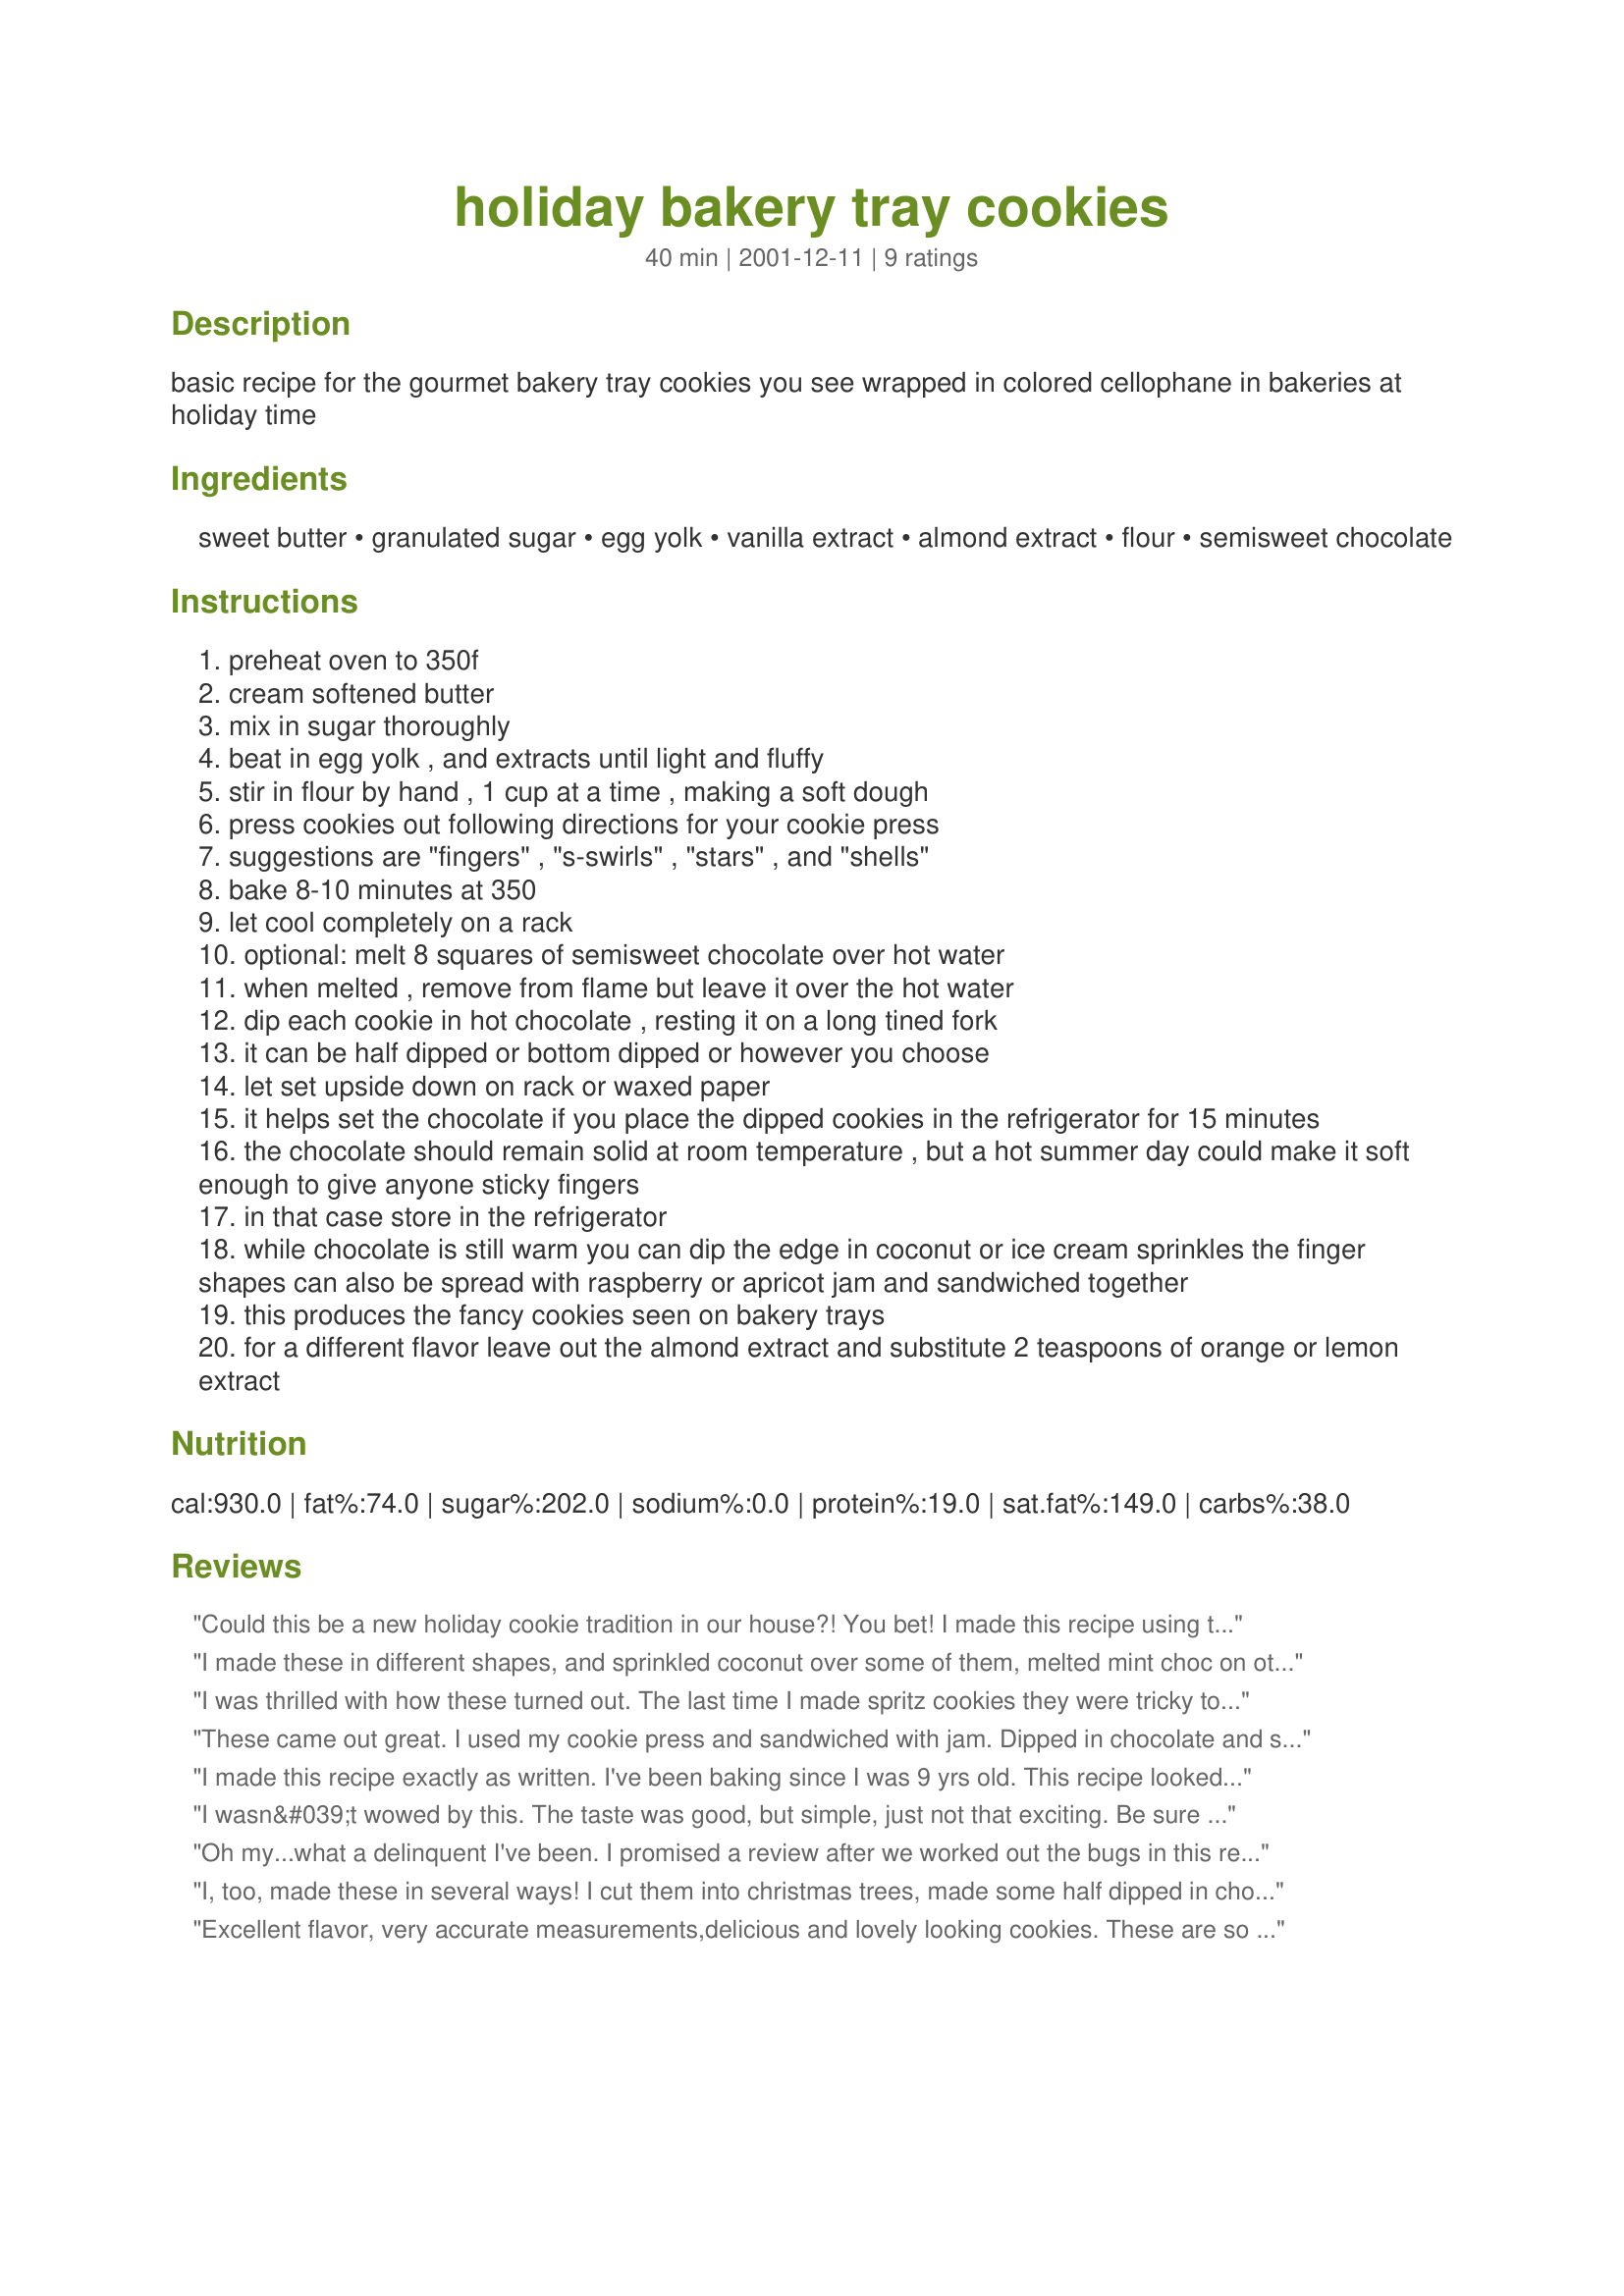
holiday bakery tray cookies
Preparation time: 40 minutes

basic recipe for the gourmet bakery tray cookies you see wrapped in colored cellophane in bakeries at holiday time

Ingredients:
sweet butter, granulated sugar, egg yolk, vanilla extract, almond extract, flour, semisweet chocolate

Steps:
preheat oven to 350f
cream softened butter
mix in sugar thoroughly
beat in egg yolk , and extracts until light and fluffy
stir in flour by hand , 1 cup at a time , making a soft dough
press cookies out following directions for your cookie press
suggestions are "fingers" , "s-swirls" , "stars" , and "shells"
bake 8-10 minutes at 350
let cool completely on a rack
optional: melt 8 squares of semisweet chocolate over hot water
when melted , remove from flame but leave it over the hot water
dip each cookie in hot chocolate , resting it on a long tined fork
it can be half dipped or bottom dipped or however you choose
let set upside down on rack or waxed paper
it helps set the chocolate if you place the dipped cookies in the refrigerator for 15 minutes
the chocolate should remain solid at room temperature , but a hot summer day could make it soft enough to give anyone sticky fingers
in that case store in the refrigerator
while chocolate is still warm you can dip the edge in coconut or ice cream sprinkles the finger shapes can also be spread with raspberry or apricot jam and sandwiched together
this produces the fancy cookies seen on bakery trays
for a different flavor leave out the almond extract and substitute 2 teaspoons of orange or lemon extract

Reviews:
Could this be a new holiday cookie tradition in our house?! You bet! I made this recipe using two cups of flour and I used plain chocolate chips melted for the glaze. I also shaped the cookies into simple rounds, flattening them slightly and sprinkling about half with colored sugar. The others I half-dipped in the glaze and still others I made into "sandwiches" with raspberry jam, dipping one end in the glaze! They are delicious and got rave reviews from my family! I'd be anxious to try them with the other extracts too! Thanks, Steve for expanding our holiday cookie repetoire! YUM! ---Martha :)
I made these in different shapes, and sprinkled coconut over some of them, melted mint choc on others and also honey. My family loved it and have made me promise to do tham again. Thank you for sharing this with us Steve.
I was thrilled with how these turned out. The last time I made spritz cookies they were tricky to get out of the cookie gun, and I needed my husband to complete them. These on the other hand, came out with so much ease that my daughter and I were able to do it ourselves! Thanks so much for the recipe, Steve.
Roxygirl in Colorado
These came out great. I used my cookie press and sandwiched with jam. Dipped in chocolate and sprinkles.
I made this recipe exactly as written. I've been baking since I was 9 yrs old. This recipe looked interesting. 

It had a good taste, but I would adjust the recipe by reducing the flour in the directions.I would also explain to inexperienced bakers that the dough doesn't rise much. If this dough is rolled and cookie cutters are used, make sure you have the thickness you want.

My dough was crumbling on me due to too much flour. I will try this again, reducing the flour to just under 2 cups and maybe using confectioners sugar instead of granulated.
I wasn&#039;t wowed by this. The taste was good, but simple, just not that exciting. Be sure to use dipping chocolate as otherwise it&#039;s hard to get the chocolate to set (yes, fridge works but then chocolate can easily become too &#039;melty&#039; again unless you serve cookies right out of the fridge).
Oh my...what a delinquent I've been. I promised a review after we worked out the bugs in this recipe and am just now finally getting to it. I ended up happiest with the version using 2 cups of flour and a cookie press. My family really enjoyed them. The almond extract lends a delightful flavor. I don't think I'll be waiting for the holidays to make them again though. Thanks for sharing this recipe Steve!!!
I, too, made these in several ways! I cut them into christmas trees, made some half dipped in chocolate, and some into raspberry-jam sandwiches. They were SO popular with my family-I think my sister ate about half of the whole batch while I was visiting!! The cookie itself has a fantastic taste--thanks for posting 1Steve!
Excellent flavor, very accurate measurements,delicious and lovely looking cookies. These are so good that I am adding them to my permanent annual holiday baking list, something I rarely add to (it has to be a terrific recipe, and this one surely is.) I tinted my dough green, took the suggestion to roll out and cut them into leaves, then made cookie sandwiches with melted chocolate in the middle. I also tried adding mint extract in place of almond, and that worked out nicely. I will be making extra plain batches as well. Wonderful recipe.
